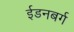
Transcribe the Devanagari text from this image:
ईडनबर्ग